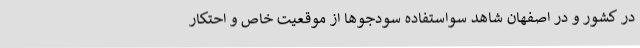
در کشور و در اصفهان شاهد سواستفاده سودجوها از موقعیت خاص و احتکار